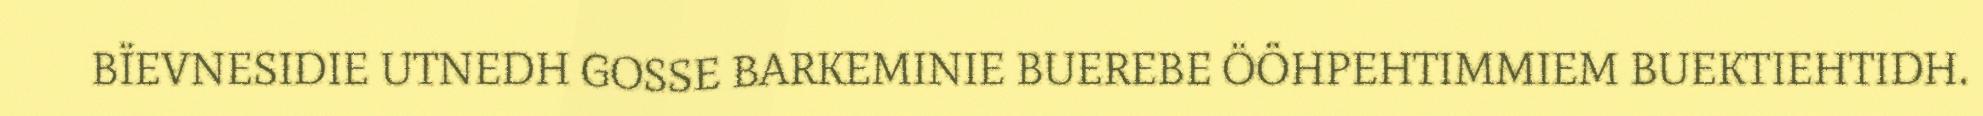
BÏEVNESIDIE UTNEDH GOSSE BARKEMINIE BUEREBE ÖÖHPEHTIMMIEM BUEKTIEHTIDH.